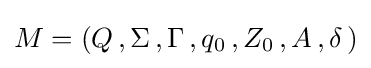
M=(Q\,,\Sigma \,,\Gamma \,,q_{0}\,,Z_{0}\,,A\,,\delta \,)